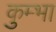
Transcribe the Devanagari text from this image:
कुम्‍भा